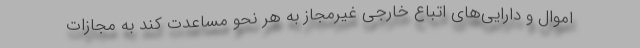
اموال و دارایی‌های اتباع خارجی غیرمجاز به هر نحو مساعدت کند به مجازات